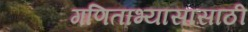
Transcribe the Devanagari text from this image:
गणिताभ्यासासाठी